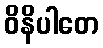
ဝိနိပါတေ